system: You are a helpful assistant.
user:
Analyze the provided spectrum to determine if it is a **Carbon Star (C-type)**.

- **Key Visual Indicators of Carbon Star:**
    - **(Primary):** Strong molecular absorption from **C₂ (diatomic carbon) "Swan Bands."** This is the **defining feature** of a carbon star.
        - **(Key Bandheads):** Sharp absorption edges are visible at approximately $5635$ Å, $5165$ Å (the strongest band), and $4737$ Å.
        - **(Line Profile):** Creates a distinct **"saw-tooth"** pattern. The key morphology is a sharp, steep bandhead on the **red (long-wavelength) side**, which then gradually tapers off (i.e., flux recovers) towards the **blue (short-wavelength) side**. *(This is the direct opposite of the TiO bands seen in M-type stars)*.

    - **(Secondary):** Intense **CN (cyanogen)** molecular absorption bands.
        - **(Key Bandheads):** Located in the blue and violet regions of the spectrum (e.g., near $4215$ Å and $3883$ Å).
        - **(Morphology):** These bands are extremely broad and act as a "blanket," absorbing the vast majority of blue and violet light. This creates a characteristic **"cliff"** or **"steep drop-off"** in the spectrum's flux at short wavelengths.

    - **(Key Confirmation):** Strong **CH absorption band (G-band)**.
        - **(Key Bandhead):** Located around $4300$ Å. The contribution from CH molecules to this band is exceptionally strong.

    - **(Overall Spectrum):**
        - The continuum is severely "chopped up" by these deep molecular bands, especially C₂, rather than appearing as a smooth curve.
        - Due to the heavy CN and C₂ absorption in the blue-green, the vast majority of the star's flux is concentrated in the red part of the spectrum, giving the star its characteristic deep red color.

Think first, call **spectral_visualization_tool** if needed to examine features in detail, then provide your final answer. Your response must adhere to the following strict rules:
1.  **Overall Structure:** Your response must follow the format `<think>...</think> <tool_call>...</tool_call> (if a tool is used) <answer>...</answer>`.
2.  **Tool Usage Constraint:** You may only make **one** tool call per turn.
3.  **Final Answer Format:** In the `<answer>` tag, your conclusion must be inside a `\boxed{}` command (e.g., `\boxed{YES}`), followed by your justification.

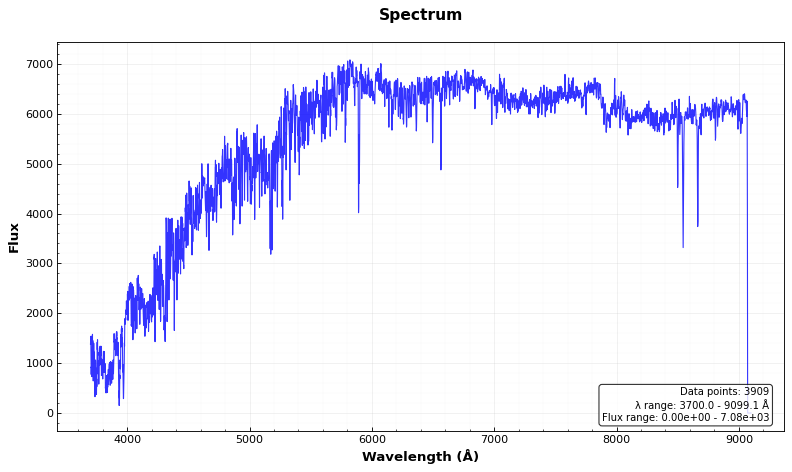
Answer: NO